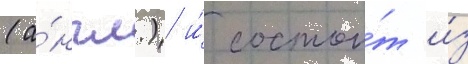
(а́нгл.) и́ состои́т и́з